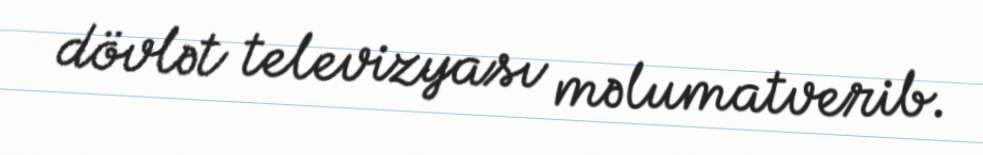
dövlət televizyası məlumatverib.